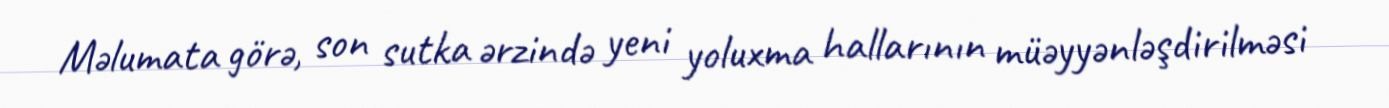
Məlumata görə, son sutka ərzində yeni yoluxma hallarının müəyyənləşdirilməsi